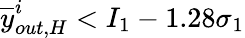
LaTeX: \overline{{y}}_{out,H}^{i}<I_{1}-1.28\sigma_{1}